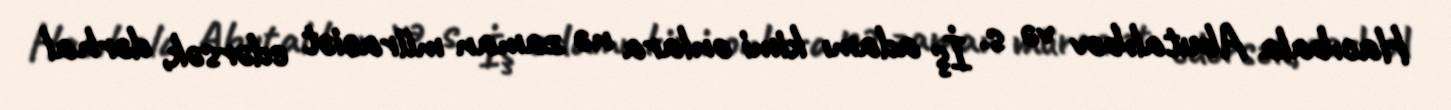
Hacıbala Abutalıbov və s. İş adamı kimi onlara nə zaman müraciət edərsək, dərhal